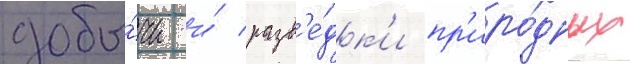
добы́чи и́ разв'е́дк'и пр'иро́дных